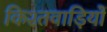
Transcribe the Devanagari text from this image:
किश्तवाड़ियों